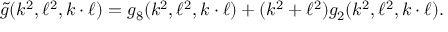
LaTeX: \tilde { g } ( k ^ { 2 } , \ell ^ { 2 } , k \cdot \ell ) = g _ { 8 } ( k ^ { 2 } , \ell ^ { 2 } , k \cdot \ell ) + ( k ^ { 2 } + \ell ^ { 2 } ) g _ { 2 } ( k ^ { 2 } , \ell ^ { 2 } , k \cdot \ell ) .